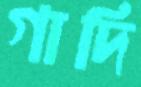
গাদি